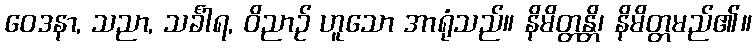
ဝေဒနာ, သညာ, သင်္ခါရ, ဝိညာဉ် ဟူသော အာရုံသည်။ နိမိတ္တန္တိ၊ နိမိတ္တမည်၏။